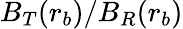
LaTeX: B_{T}(r_{b})/B_{R}(r_{b})